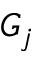
G _ { j }